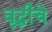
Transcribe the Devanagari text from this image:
वृद्धीचे